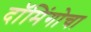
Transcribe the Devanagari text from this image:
दॉमिंगोचा